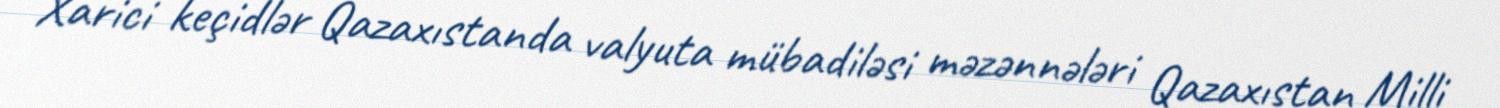
Xarici keçidlər Qazaxıstanda valyuta mübadiləsi məzənnələri Qazaxıstan Milli